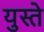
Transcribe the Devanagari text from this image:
युस्ते